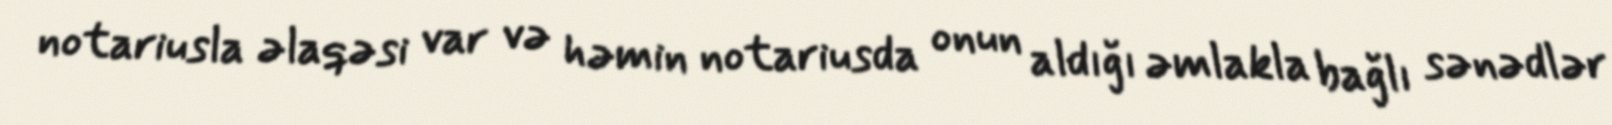
notariusla əlaqəsi var və həmin notariusda onun aldığı əmlakla bağlı sənədlər